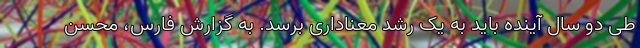
طی دو سال آینده باید به یک رشد معناداری برسد. به گزارش فارس، محسن